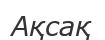
Ақсақ